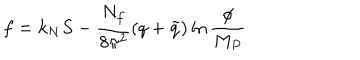
f = k _ { N } S - { \frac { N _ { f } } { 8 \pi ^ { 2 } } } ( q + \tilde { q } ) \ln { \frac { \phi } { M _ { P } } }